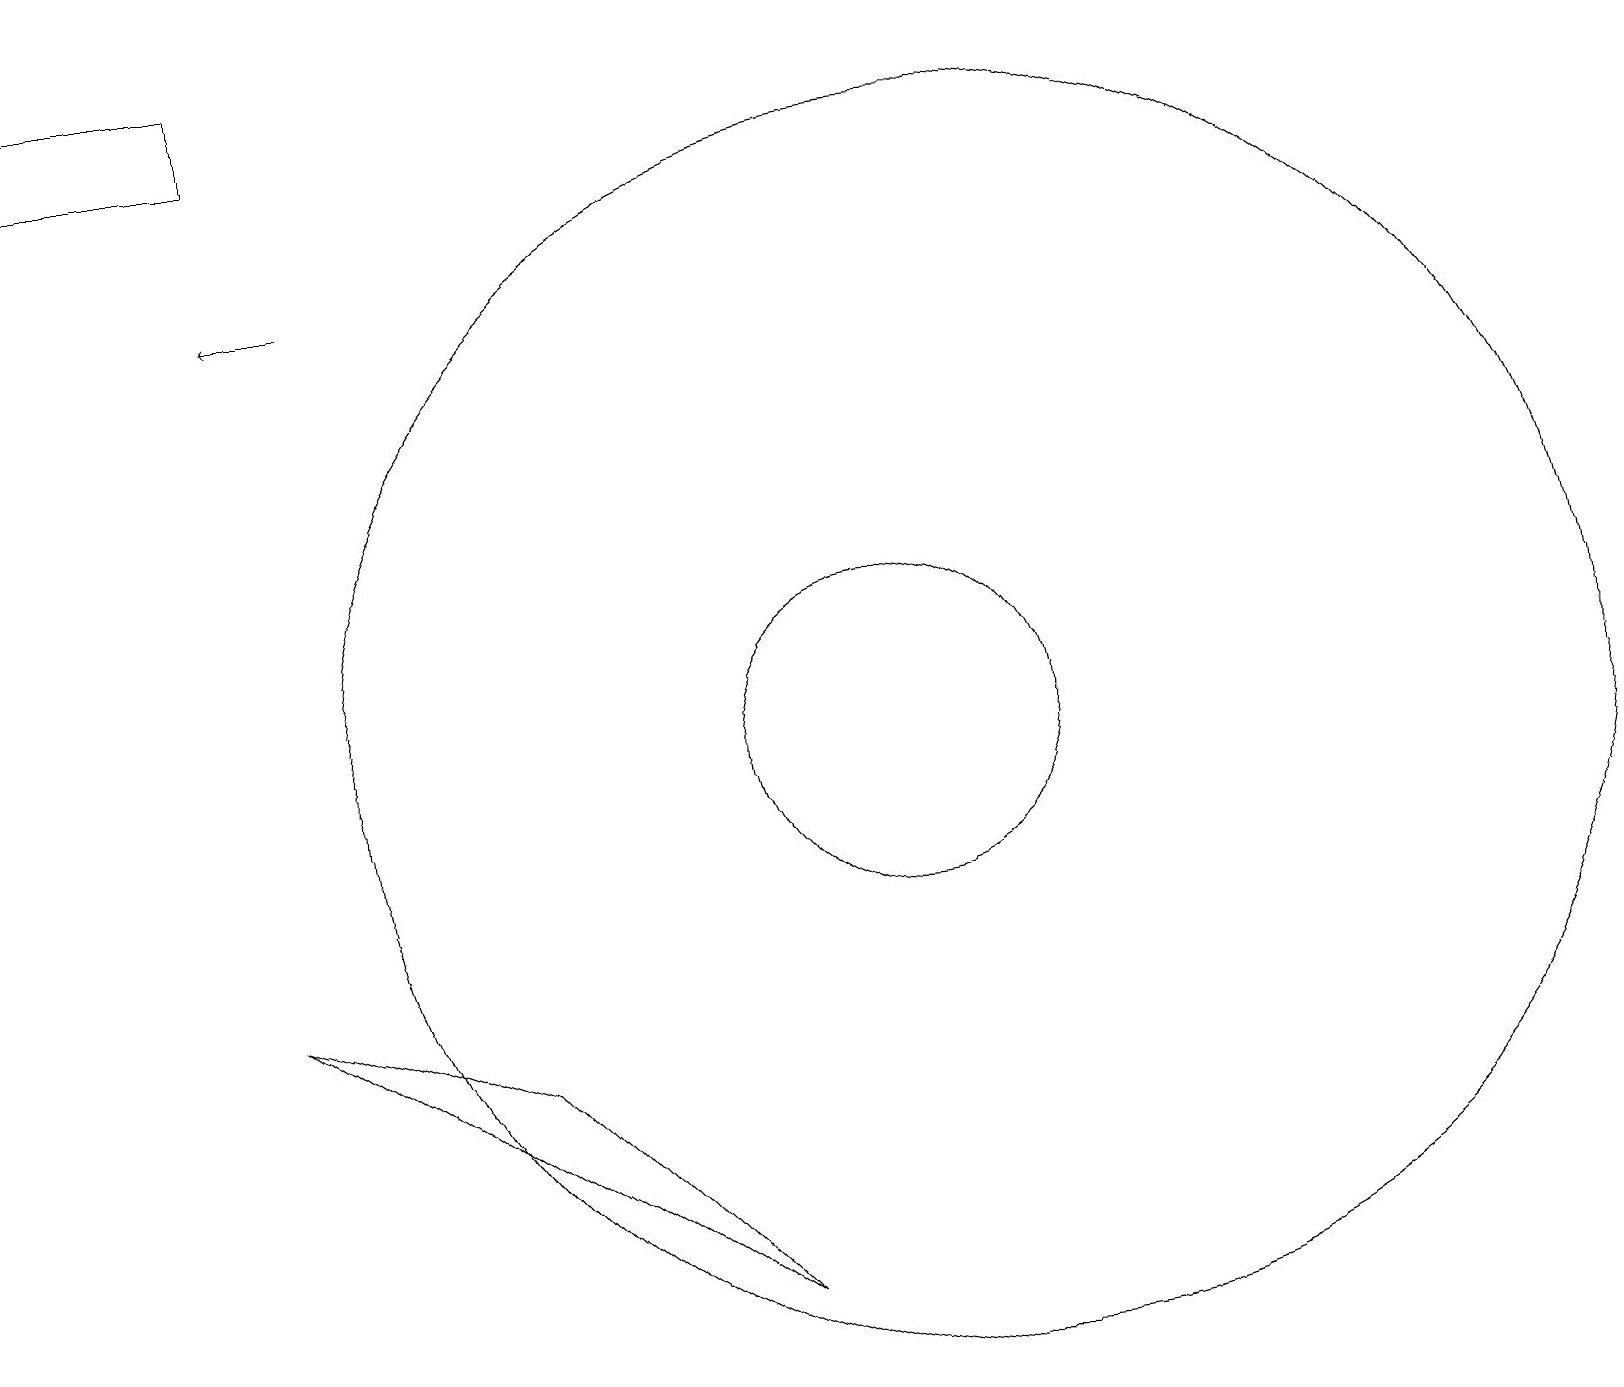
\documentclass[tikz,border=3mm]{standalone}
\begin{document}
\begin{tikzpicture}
\draw[->] (4,16) -- (3,16);
\draw (11,10) circle (2);
\draw (12,10) circle (8);
\draw (0,18) rectangle (3,19);
\draw (3,7) -- (9,3) -- (6,6) -- cycle;
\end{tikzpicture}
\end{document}